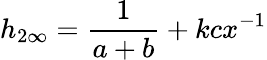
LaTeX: h_{2\infty}=\frac{1}{a+b}+kcx^{-1}